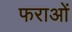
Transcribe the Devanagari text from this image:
फराओं